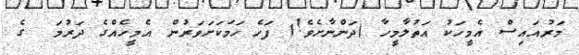
މަރުއައިސް އެމީހަކު އަތުލާމީހާ (ދަންނާށެވެ!) ފަހެ ހަމަކަށަވަރުން އެމީހެއްގެ ދަރުމަ  ގެ